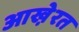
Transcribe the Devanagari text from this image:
आखे़रत